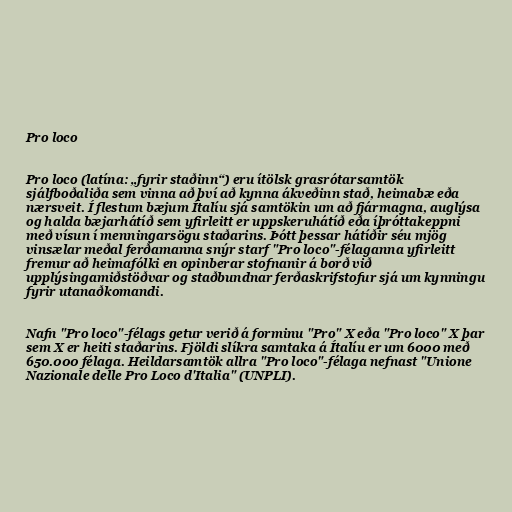
Pro loco

Pro loco (latína: „fyrir staðinn“) eru ítölsk grasrótarsamtök
sjálfboðaliða sem vinna að því að kynna ákveðinn stað, heimabæ eða
nærsveit. Í flestum bæjum Ítalíu sjá samtökin um að fjármagna, auglýsa
og halda bæjarhátíð sem yfirleitt er uppskeruhátíð eða íþróttakeppni
með vísun í menningarsögu staðarins. Þótt þessar hátíðir séu mjög
vinsælar meðal ferðamanna snýr starf "Pro loco"-félaganna yfirleitt
fremur að heimafólki en opinberar stofnanir á borð við
upplýsingamiðstöðvar og staðbundnar ferðaskrifstofur sjá um kynningu
fyrir utanaðkomandi.

Nafn "Pro loco"-félags getur verið á forminu "Pro" X eða "Pro loco" X þar
sem X er heiti staðarins. Fjöldi slíkra samtaka á Ítalíu er um 6000 með
650.000 félaga. Heildarsamtök allra "Pro loco"-félaga nefnast "Unione
Nazionale delle Pro Loco d'Italia" (UNPLI).